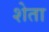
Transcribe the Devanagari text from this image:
शेता